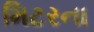
મિટરના